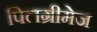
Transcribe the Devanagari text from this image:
पिलग्रीमेज